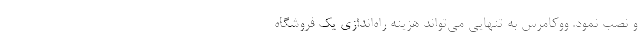
و نصب نمود. ووکامرس به تنهایی می‌تواند هزینه راه‌اندازی یک فروشگاه